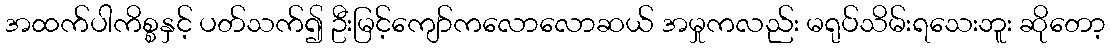
အထက်ပါကိစ္စနှင့် ပတ်သက်၍ ဦးမြင့်ကျော်ကလောလောဆယ် အမှုကလည်း မရုပ်သိမ်းရသေးဘူး ဆိုတော့